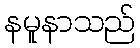
နမူနာသည်